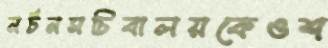
নর্টনসচিবালয়কেওশ